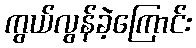
ကွယ်လွန်ခဲ့ကြောင်း